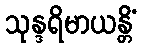
သုန္ဒရိမာယန္တိံ